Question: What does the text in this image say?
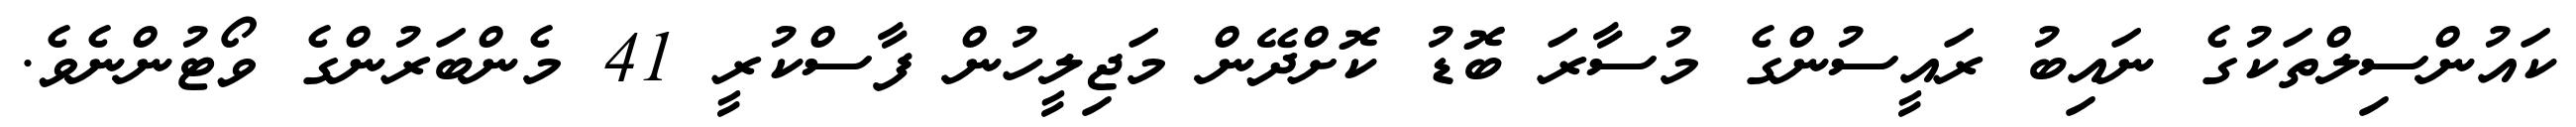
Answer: ކައުންސިލްތަކުގެ ނައިބު ރައީސުންގެ މުސާރަ ބޮޑު ކޮށްދޭން މަޖިލީހުން ފާސްކުރީ 41 މެންބަރުންގެ ވޯޓުންނެވެ.